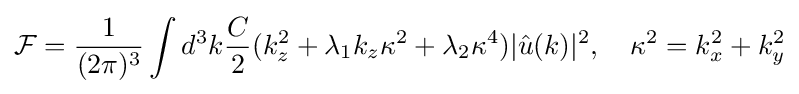
{\mathcal {F}}={\frac {1}{(2\pi )^{3}}}\int d^{3}k{\frac {C}{2}}(k_{z}^{2}+\lambda _{1}k_{z}\kappa ^{2}+\lambda _{2}\kappa ^{4})|{\hat {u}}(k)|^{2},\quad \kappa ^{2}=k_{x}^{2}+k_{y}^{2}